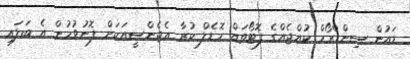
ޑައުން ސިންޑްރޯމް ކުއްޖެއްގެ ފޮޓޯތައް މޮޑެލް ކުރާ އެޖެންސީއަކަށް ފޮނުވުމުން އެ ބަލައި